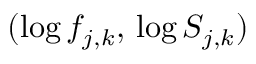
( \log f _ { j , k } , \, \log S _ { j , k } )